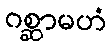
ဂစ္ဆာမဟံ